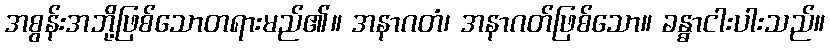
အစွန်းအဘို့ဖြစ်သောတရားမည်၏။ အနာဂတံ၊ အနာဂတ်ဖြစ်သော။ ခန္ဓာငါးပါးသည်။